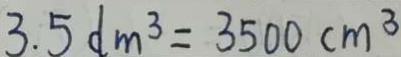
3 . 5 d m ^ { 3 } = 3 5 0 0 c m ^ { 3 }